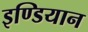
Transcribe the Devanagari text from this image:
इण्डियान